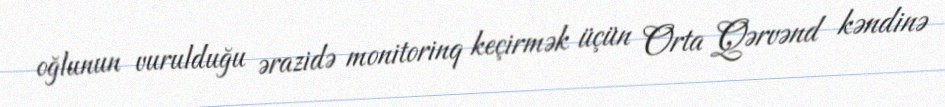
oğlunun vurulduğu ərazidə monitorinq keçirmək üçün Orta Qərvənd kəndinə